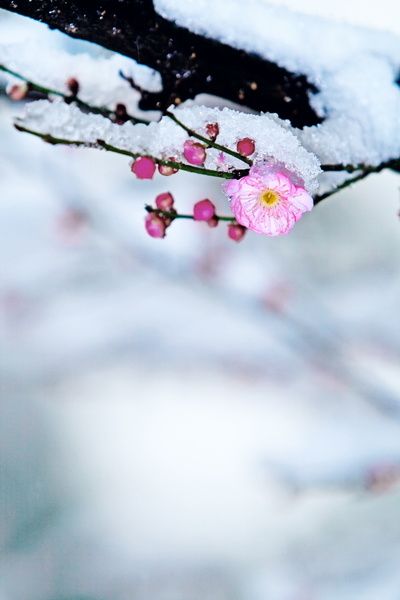
前村深雪里，昨夜一枝开。